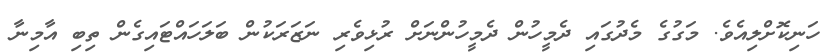
ހަނިކޮށްލިއެވެ. މަގުގެ މެދުގައި ދެމީހުން ދެމީހުންނަށް ރުޅިވެރި ނަޒަރަކުން ބަލަހައްޓައިގެން ތިބި އާމިނާ